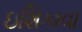
ઇશિકાવા